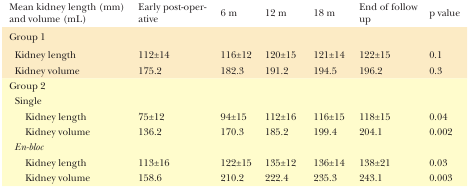
<table><thead><tr><td><b>Mean kidney length (mm) and volume (mL)</b></td><td><b>Early post-operative</b></td><td><b>6 m</b></td><td><b>12 m</b></td><td><b>18 m</b></td><td><b>End of follow up</b></td><td><b>p value</b></td></tr></thead><tbody><tr><td colspan="7">Group 1</td></tr><tr><td>Kidney length</td><td>112±14</td><td>116±12</td><td>120±15</td><td>121±14</td><td>122±15</td><td>0.1</td></tr><tr><td>Kidney volume</td><td>175.2</td><td>182.3</td><td>191.2</td><td>194.5</td><td>196.2</td><td>0.3</td></tr><tr><td colspan="7">Group 2</td></tr><tr><td colspan="7">Single</td></tr><tr><td>Kidney length</td><td>75±12</td><td>94±15</td><td>112±16</td><td>116±15</td><td>118±15</td><td>0.04</td></tr><tr><td>Kidney volume</td><td>136.2</td><td>170.3</td><td>185.2</td><td>199.4</td><td>204.1</td><td>0.002</td></tr><tr><td colspan="7"><i>En-bloc</i></td></tr><tr><td>Kidney length</td><td>113±16</td><td>122±15</td><td>135±12</td><td>136±14</td><td>138±21</td><td>0.03</td></tr><tr><td>Kidney volume</td><td>158.6</td><td>210.2</td><td>222.4</td><td>235.3</td><td>243.1</td><td>0.003</td></tr></tbody></table>